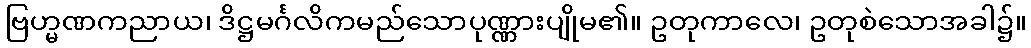
ဗြဟ္မဏကညာယ၊ ဒိဋ္ဌမင်္ဂလိကမည်သောပုဏ္ဏားပျိုမ၏။ ဥတုကာလေ၊ ဥတုစဲသောအခါ၌။